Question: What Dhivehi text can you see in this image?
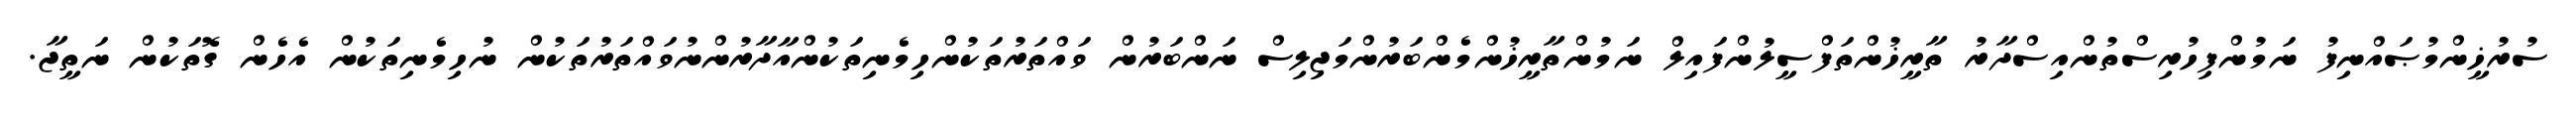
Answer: ސުރުޚީންމުޞައްނިފު ނަމުންފިހުރިސްތުންއިސްދާރު ތާރީޚުންތަފްސީލުންފައިލް ނަމުންތާރީޚުންމެންބަރުންމަޖިލިސް ނަންބަރުން ވައްތަރުތަކުންހިމެނިތަކުންއާދާރުންނުވައްތަރުތަކުން ނުހިމެނިތަކުން އެހެން ގޮތަކުން ނަތީޖާ.